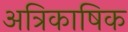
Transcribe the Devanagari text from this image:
अत्रिकाषिक